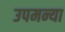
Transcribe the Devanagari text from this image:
उपमन्या